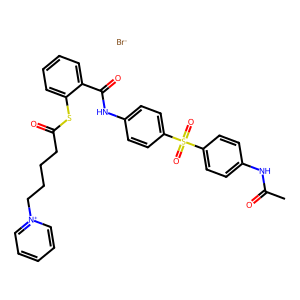
SMILES: CC(=O)Nc1ccc(S(=O)(=O)c2ccc(NC(=O)c3ccccc3SC(=O)CCCC[n+]3ccccc3)cc2)cc1.[Br-]
Inhibits HIV replication: Yes